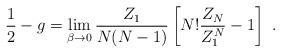
LaTeX: \begin{align*}\frac{1}{2} - g =\lim_{\beta \rightarrow 0}\frac{Z_{1}}{N(N-1)}\left[N! \frac{Z_{N}}{Z_{1}^{N}} - 1\right] \ .\end{align*}